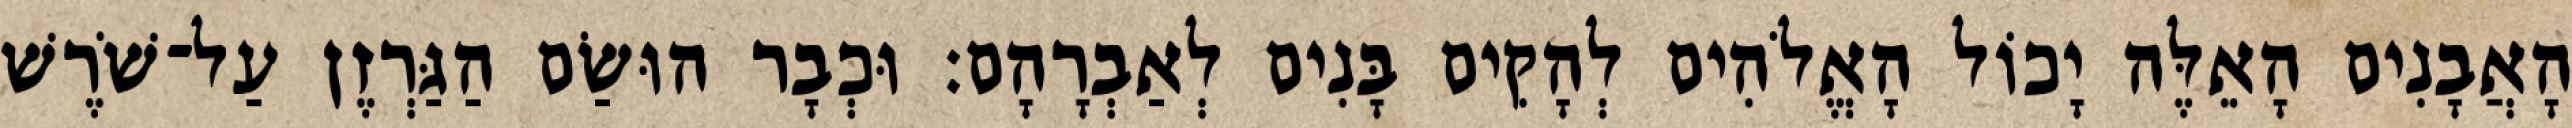
הָאֲבָנִים הָאֵלֶּה יָכוֹל הָאֱלֹהִים לְהָקִים בָּנִים לְאַבְרָהָם׃ וּכְבָר הוּשַׂם הַגַּרְזֶן עַל־שֹׁרֶשׁ